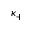
\kappa _ { + }